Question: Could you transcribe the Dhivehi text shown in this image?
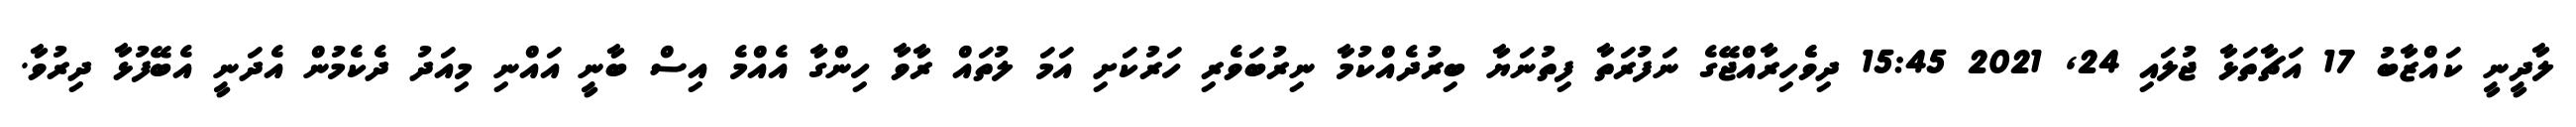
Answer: ލާދީނީ ކައްޒާބު 17 އަޗާތަޅާ ޖުލައި 24, 2021 15:45 ދިވެެހިރާއްޖޭގެ ނަފުރަތާ ފިތުނަޔާ ބިރުދެއްކުމާ ނިރުބަވެރި ހަރުކަށި އަމަ ލުތައް ރާވާ ހިންގާ އެއްމެ އިސް ބާނީ އައްނި މިއަދު ދެކެމުން އެދަނީ އެބޭފުޅާ ދިރުވާ.